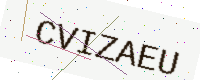
Text: CVIZAEU